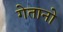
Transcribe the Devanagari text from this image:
गेतानो